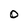
Character: O